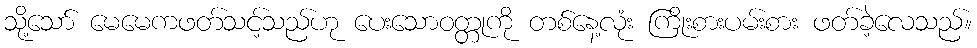
သို့သော် မေမေကဖတ်သင့်သည်ဟု ပေးသောဝတ္တုကို တစ်နေ့လုံး ကြိုးစားပမ်းစား ဖတ်ခဲ့လေသည်။